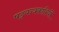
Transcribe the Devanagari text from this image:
षड्‍यन्त्रकारियों